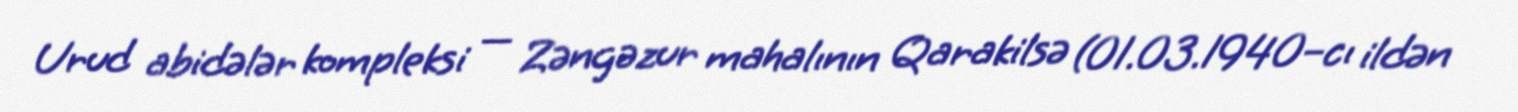
Urud abidələr kompleksi — Zəngəzur mahalının Qarakilsə (01.03.1940–cı ildən